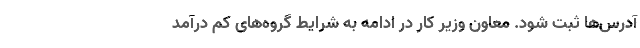
آدرس‌ها ثبت شود. معاون وزیر کار در ادامه به شرایط گروه‌های کم درآمد